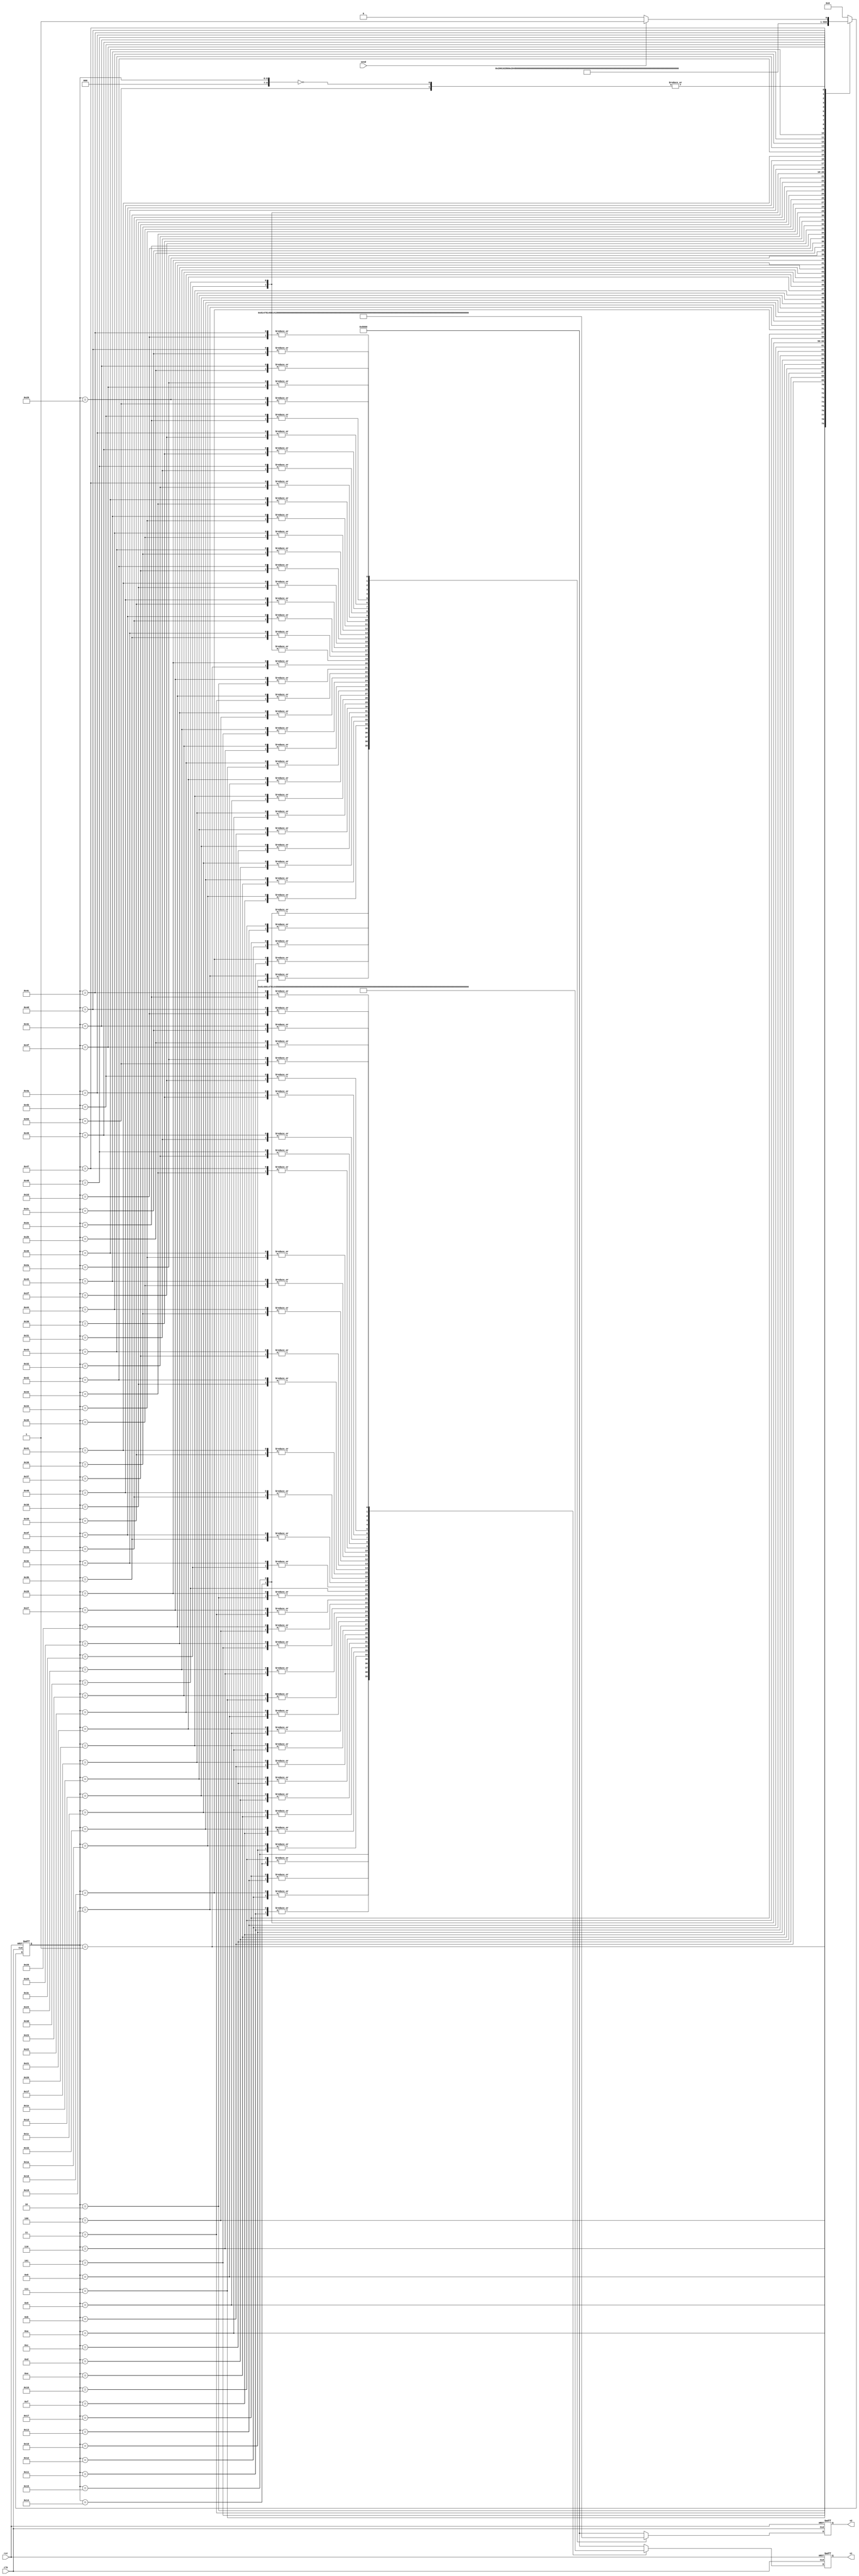


module sine_gen(
	input	wire	clk,
	input 	wire 	rst,
	input   wire	send,
	output  wire	[15:0]  s1,
	output  wire	[15:0]  s2
    );

reg [15:0]  q1;
reg [15:0]  q2;
reg [9:0]   ms; // main state

assign s1 = q1;
assign s2 = q2;

localparam
    ms_pause    = 10'd0,
    ms_1        = 10'd1,
    ms_2        = 10'd2,
    ms_3        = 10'd3,
    ms_4        = 10'd4,
    ms_5        = 10'd5,
    ms_6        = 10'd6,
    ms_7        = 10'd7,
    ms_8        = 10'd8,
    ms_9        = 10'd9,
    ms_10        = 10'd10,
    ms_11        = 10'd11,
    ms_12        = 10'd12,
    ms_13        = 10'd13,
    ms_14        = 10'd14,
    ms_15        = 10'd15,
    ms_16        = 10'd16,
    ms_17        = 10'd17,
    ms_18        = 10'd18,
    ms_19        = 10'd19,
    ms_20        = 10'd20,
    ms_21        = 10'd21,
    ms_22        = 10'd22,
    ms_23        = 10'd23,
    ms_24        = 10'd24,
    ms_25        = 10'd25,
    ms_26        = 10'd26,
    ms_27        = 10'd27,
    ms_28        = 10'd28,
    ms_29        = 10'd29,
    ms_30        = 10'd30,
    ms_31        = 10'd31,
    ms_32        = 10'd32,
    ms_33        = 10'd33,
    ms_34        = 10'd34,
    ms_35        = 10'd35,
    ms_36        = 10'd36,
    ms_37        = 10'd37,
    ms_38        = 10'd38,
    ms_39        = 10'd39,
    ms_40        = 10'd40,
    ms_41        = 10'd41,
    ms_42        = 10'd42,
    ms_43        = 10'd43,
    ms_44        = 10'd44,
    ms_45        = 10'd45,
    ms_46        = 10'd46,
    ms_47        = 10'd47,
    ms_48        = 10'd48,
    ms_49        = 10'd49,
    ms_50        = 10'd50,
    ms_51        = 10'd51,
    ms_52        = 10'd52,
    ms_53        = 10'd53,
    ms_54        = 10'd54,
    ms_55        = 10'd55,
    ms_56        = 10'd56,
    ms_57        = 10'd57,
    ms_58        = 10'd58,
    ms_59        = 10'd59,
    ms_60        = 10'd60,
    ms_61        = 10'd61,
    ms_62        = 10'd62,
    ms_63        = 10'd63,
    ms_64        = 10'd64,
    ms_65        = 10'd65,
    ms_66        = 10'd66,
    ms_67        = 10'd67,
    ms_68        = 10'd68,
    ms_69        = 10'd69,
    ms_70        = 10'd70,
    ms_71        = 10'd71,
    ms_72        = 10'd72,
    ms_73        = 10'd73,
    ms_74        = 10'd74,
    ms_75        = 10'd75,
    ms_76        = 10'd76,
    ms_77        = 10'd77,
    ms_78        = 10'd78,
    ms_79        = 10'd79,
    ms_80        = 10'd80,
    ms_81        = 10'd81,
    ms_82        = 10'd82,
    ms_83        = 10'd83,
    ms_84        = 10'd84,
    ms_85        = 10'd85,
    ms_86        = 10'd86,
    ms_87        = 10'd87,
    ms_88        = 10'd88,
    ms_89        = 10'd89,
    ms_90        = 10'd90,
    ms_91        = 10'd91,
    ms_92        = 10'd92,
    ms_93        = 10'd93,
    ms_94        = 10'd94,
    ms_95        = 10'd95,
    ms_96        = 10'd96,
    ms_97        = 10'd97,
    ms_98        = 10'd98,
    ms_99        = 10'd99,
    ms_100        = 10'd100,
    ms_101        = 10'd101,
    ms_102        = 10'd102,
    ms_103        = 10'd103,
    ms_104        = 10'd104,
    ms_105        = 10'd105,
    ms_106        = 10'd106,
    ms_107        = 10'd107,
    ms_108        = 10'd108,
    ms_109        = 10'd109,
    ms_110        = 10'd110,
    ms_111        = 10'd111,
    ms_112        = 10'd112,
    ms_113        = 10'd113,
    ms_114        = 10'd114,
    ms_115        = 10'd115,
    ms_116        = 10'd116,
    ms_117        = 10'd117,
    ms_118        = 10'd118,
    ms_119        = 10'd119,
    ms_120        = 10'd120,
    ms_121        = 10'd121,
    ms_122        = 10'd122,
    ms_123        = 10'd123,
    ms_124        = 10'd124,
    ms_125        = 10'd125,
    ms_126        = 10'd126,
    ms_127        = 10'd127,
    ms_128        = 10'd128,
    ms_129        = 10'd129,
    ms_130        = 10'd130,
    ms_131        = 10'd131,
    ms_132        = 10'd132,
    ms_133        = 10'd133,
    ms_134        = 10'd134,
    ms_135        = 10'd135,
    ms_136        = 10'd136,
    ms_137        = 10'd137,
    ms_138        = 10'd138,
    ms_139        = 10'd139,
    ms_140        = 10'd140,
    ms_141        = 10'd141,
    ms_142        = 10'd142,
    ms_143        = 10'd143,
    ms_144        = 10'd144,
    ms_145        = 10'd145,
    ms_146        = 10'd146,
    ms_147        = 10'd147,
    ms_148        = 10'd148,
    ms_149        = 10'd149,
    ms_150        = 10'd150,
    ms_151        = 10'd151,
    ms_152        = 10'd152,
    ms_153        = 10'd153,
    ms_154        = 10'd154,
    ms_155        = 10'd155,
    ms_156        = 10'd156,
    ms_157        = 10'd157,
    ms_158        = 10'd158,
    ms_159        = 10'd159,
    ms_160        = 10'd160;

initial begin
	q1 <= 16'h8000;
	q2 <= 16'h8000;
	ms <= ms_pause;
end

always @(posedge rst or posedge clk) begin
	if (rst) begin
		q1 <= 16'h8000;
		q2 <= 16'h8000;
		ms <= ms_pause;
	end else begin
	    case (ms) 
		ms_pause: begin
		    q1 <= 16'h8000;
		    q2 <= 16'h8000;
		    if (send) begin
		        ms <= ms_1;
		    end else begin
		        ms <= ms_pause;
		    end
		end
		ms_1: begin
		    q1 <= 16'h8000;
		    q2 <= 16'h800d;
		    ms <= ms_2;
		end
		ms_2: begin
		    q1 <= 16'h801a;
		    q2 <= 16'h8027;
		    ms <= ms_3;
		end
		ms_3: begin
		    q1 <= 16'h8033;
		    q2 <= 16'h8040;
		    ms <= ms_4;
		end
		ms_4: begin
		    q1 <= 16'h804c;
		    q2 <= 16'h8059;
		    ms <= ms_5;
		end
		ms_5: begin
		    q1 <= 16'h8065;
		    q2 <= 16'h8071;
		    ms <= ms_6;
		end
		ms_6: begin
		    q1 <= 16'h807d;
		    q2 <= 16'h8089;
		    ms <= ms_7;
		end
		ms_7: begin
		    q1 <= 16'h8095;
		    q2 <= 16'h80a0;
		    ms <= ms_8;
		end
		ms_8: begin
		    q1 <= 16'h80ab;
		    q2 <= 16'h80b6;
		    ms <= ms_9;
		end
		ms_9: begin
		    q1 <= 16'h80c1;
		    q2 <= 16'h80cb;
		    ms <= ms_10;
		end
		ms_10: begin
		    q1 <= 16'h80d5;
		    q2 <= 16'h80de;
		    ms <= ms_11;
		end
		ms_11: begin
		    q1 <= 16'h80e8;
		    q2 <= 16'h80f1;
		    ms <= ms_12;
		end
		ms_12: begin
		    q1 <= 16'h80f9;
		    q2 <= 16'h8101;
		    ms <= ms_13;
		end
		ms_13: begin
		    q1 <= 16'h8109;
		    q2 <= 16'h8110;
		    ms <= ms_14;
		end
		ms_14: begin
		    q1 <= 16'h8117;
		    q2 <= 16'h811e;
		    ms <= ms_15;
		end
		ms_15: begin
		    q1 <= 16'h8124;
		    q2 <= 16'h812a;
		    ms <= ms_16;
		end
		ms_16: begin
		    q1 <= 16'h812f;
		    q2 <= 16'h8133;
		    ms <= ms_17;
		end
		ms_17: begin
		    q1 <= 16'h8138;
		    q2 <= 16'h813b;
		    ms <= ms_18;
		end
		ms_18: begin
		    q1 <= 16'h813f;
		    q2 <= 16'h8141;
		    ms <= ms_19;
		end
		ms_19: begin
		    q1 <= 16'h8144;
		    q2 <= 16'h8145;
		    ms <= ms_20;
		end
		ms_20: begin
		    q1 <= 16'h8147;
		    q2 <= 16'h8147;
		    ms <= ms_21;
		end
		ms_21: begin
		    q1 <= 16'h8148;
		    q2 <= 16'h8147;
		    ms <= ms_22;
		end
		ms_22: begin
		    q1 <= 16'h8147;
		    q2 <= 16'h8145;
		    ms <= ms_23;
		end
		ms_23: begin
		    q1 <= 16'h8144;
		    q2 <= 16'h8141;
		    ms <= ms_24;
		end
		ms_24: begin
		    q1 <= 16'h813f;
		    q2 <= 16'h813b;
		    ms <= ms_25;
		end
		ms_25: begin
		    q1 <= 16'h8138;
		    q2 <= 16'h8133;
		    ms <= ms_26;
		end
		ms_26: begin
		    q1 <= 16'h812f;
		    q2 <= 16'h812a;
		    ms <= ms_27;
		end
		ms_27: begin
		    q1 <= 16'h8124;
		    q2 <= 16'h811e;
		    ms <= ms_28;
		end
		ms_28: begin
		    q1 <= 16'h8117;
		    q2 <= 16'h8110;
		    ms <= ms_29;
		end
		ms_29: begin
		    q1 <= 16'h8109;
		    q2 <= 16'h8101;
		    ms <= ms_30;
		end
		ms_30: begin
		    q1 <= 16'h80f9;
		    q2 <= 16'h80f1;
		    ms <= ms_31;
		end
		ms_31: begin
		    q1 <= 16'h80e8;
		    q2 <= 16'h80de;
		    ms <= ms_32;
		end
		ms_32: begin
		    q1 <= 16'h80d5;
		    q2 <= 16'h80cb;
		    ms <= ms_33;
		end
		ms_33: begin
		    q1 <= 16'h80c1;
		    q2 <= 16'h80b6;
		    ms <= ms_34;
		end
		ms_34: begin
		    q1 <= 16'h80ab;
		    q2 <= 16'h80a0;
		    ms <= ms_35;
		end
		ms_35: begin
		    q1 <= 16'h8095;
		    q2 <= 16'h8089;
		    ms <= ms_36;
		end
		ms_36: begin
		    q1 <= 16'h807d;
		    q2 <= 16'h8071;
		    ms <= ms_37;
		end
		ms_37: begin
		    q1 <= 16'h8065;
		    q2 <= 16'h8059;
		    ms <= ms_38;
		end
		ms_38: begin
		    q1 <= 16'h804c;
		    q2 <= 16'h8040;
		    ms <= ms_39;
		end
		ms_39: begin
		    q1 <= 16'h8033;
		    q2 <= 16'h8027;
		    ms <= ms_40;
		end
		ms_40: begin
		    q1 <= 16'h801a;
		    q2 <= 16'h800d;
		    ms <= ms_41;
		end
		ms_41: begin
		    q1 <= 16'h8000;
		    q2 <= 16'h7ff3;
		    ms <= ms_42;
		end
		ms_42: begin
		    q1 <= 16'h7fe6;
		    q2 <= 16'h7fd9;
		    ms <= ms_43;
		end
		ms_43: begin
		    q1 <= 16'h7fcd;
		    q2 <= 16'h7fc0;
		    ms <= ms_44;
		end
		ms_44: begin
		    q1 <= 16'h7fb4;
		    q2 <= 16'h7fa7;
		    ms <= ms_45;
		end
		ms_45: begin
		    q1 <= 16'h7f9b;
		    q2 <= 16'h7f8f;
		    ms <= ms_46;
		end
		ms_46: begin
		    q1 <= 16'h7f83;
		    q2 <= 16'h7f77;
		    ms <= ms_47;
		end
		ms_47: begin
		    q1 <= 16'h7f6b;
		    q2 <= 16'h7f60;
		    ms <= ms_48;
		end
		ms_48: begin
		    q1 <= 16'h7f55;
		    q2 <= 16'h7f4a;
		    ms <= ms_49;
		end
		ms_49: begin
		    q1 <= 16'h7f3f;
		    q2 <= 16'h7f35;
		    ms <= ms_50;
		end
		ms_50: begin
		    q1 <= 16'h7f2b;
		    q2 <= 16'h7f22;
		    ms <= ms_51;
		end
		ms_51: begin
		    q1 <= 16'h7f18;
		    q2 <= 16'h7f0f;
		    ms <= ms_52;
		end
		ms_52: begin
		    q1 <= 16'h7f07;
		    q2 <= 16'h7eff;
		    ms <= ms_53;
		end
		ms_53: begin
		    q1 <= 16'h7ef7;
		    q2 <= 16'h7ef0;
		    ms <= ms_54;
		end
		ms_54: begin
		    q1 <= 16'h7ee9;
		    q2 <= 16'h7ee2;
		    ms <= ms_55;
		end
		ms_55: begin
		    q1 <= 16'h7edc;
		    q2 <= 16'h7ed6;
		    ms <= ms_56;
		end
		ms_56: begin
		    q1 <= 16'h7ed1;
		    q2 <= 16'h7ecd;
		    ms <= ms_57;
		end
		ms_57: begin
		    q1 <= 16'h7ec8;
		    q2 <= 16'h7ec5;
		    ms <= ms_58;
		end
		ms_58: begin
		    q1 <= 16'h7ec1;
		    q2 <= 16'h7ebf;
		    ms <= ms_59;
		end
		ms_59: begin
		    q1 <= 16'h7ebc;
		    q2 <= 16'h7ebb;
		    ms <= ms_60;
		end
		ms_60: begin
		    q1 <= 16'h7eb9;
		    q2 <= 16'h7eb9;
		    ms <= ms_61;
		end
		ms_61: begin
		    q1 <= 16'h7eb8;
		    q2 <= 16'h7eb9;
		    ms <= ms_62;
		end
		ms_62: begin
		    q1 <= 16'h7eb9;
		    q2 <= 16'h7ebb;
		    ms <= ms_63;
		end
		ms_63: begin
		    q1 <= 16'h7ebc;
		    q2 <= 16'h7ebf;
		    ms <= ms_64;
		end
		ms_64: begin
		    q1 <= 16'h7ec1;
		    q2 <= 16'h7ec5;
		    ms <= ms_65;
		end
		ms_65: begin
		    q1 <= 16'h7ec8;
		    q2 <= 16'h7ecd;
		    ms <= ms_66;
		end
		ms_66: begin
		    q1 <= 16'h7ed1;
		    q2 <= 16'h7ed6;
		    ms <= ms_67;
		end
		ms_67: begin
		    q1 <= 16'h7edc;
		    q2 <= 16'h7ee2;
		    ms <= ms_68;
		end
		ms_68: begin
		    q1 <= 16'h7ee9;
		    q2 <= 16'h7ef0;
		    ms <= ms_69;
		end
		ms_69: begin
		    q1 <= 16'h7ef7;
		    q2 <= 16'h7eff;
		    ms <= ms_70;
		end
		ms_70: begin
		    q1 <= 16'h7f07;
		    q2 <= 16'h7f0f;
		    ms <= ms_71;
		end
		ms_71: begin
		    q1 <= 16'h7f18;
		    q2 <= 16'h7f22;
		    ms <= ms_72;
		end
		ms_72: begin
		    q1 <= 16'h7f2b;
		    q2 <= 16'h7f35;
		    ms <= ms_73;
		end
		ms_73: begin
		    q1 <= 16'h7f3f;
		    q2 <= 16'h7f4a;
		    ms <= ms_74;
		end
		ms_74: begin
		    q1 <= 16'h7f55;
		    q2 <= 16'h7f60;
		    ms <= ms_75;
		end
		ms_75: begin
		    q1 <= 16'h7f6b;
		    q2 <= 16'h7f77;
		    ms <= ms_76;
		end
		ms_76: begin
		    q1 <= 16'h7f83;
		    q2 <= 16'h7f8f;
		    ms <= ms_77;
		end
		ms_77: begin
		    q1 <= 16'h7f9b;
		    q2 <= 16'h7fa7;
		    ms <= ms_78;
		end
		ms_78: begin
		    q1 <= 16'h7fb4;
		    q2 <= 16'h7fc0;
		    ms <= ms_79;
		end
		ms_79: begin
		    q1 <= 16'h7fcd;
		    q2 <= 16'h7fd9;
		    ms <= ms_80;
		end
		ms_80: begin
		    q1 <= 16'h7fe6;
		    q2 <= 16'h7ff3;
		    if (send) begin
				ms <= ms_1;
		    end else begin
		        ms <= ms_pause;
		    end
		end
		default: begin
		    q1 <= 16'h8000;
		    q2 <= 16'h8000;
		    ms <= ms_pause;
		end
	    endcase
	end
end

endmodule